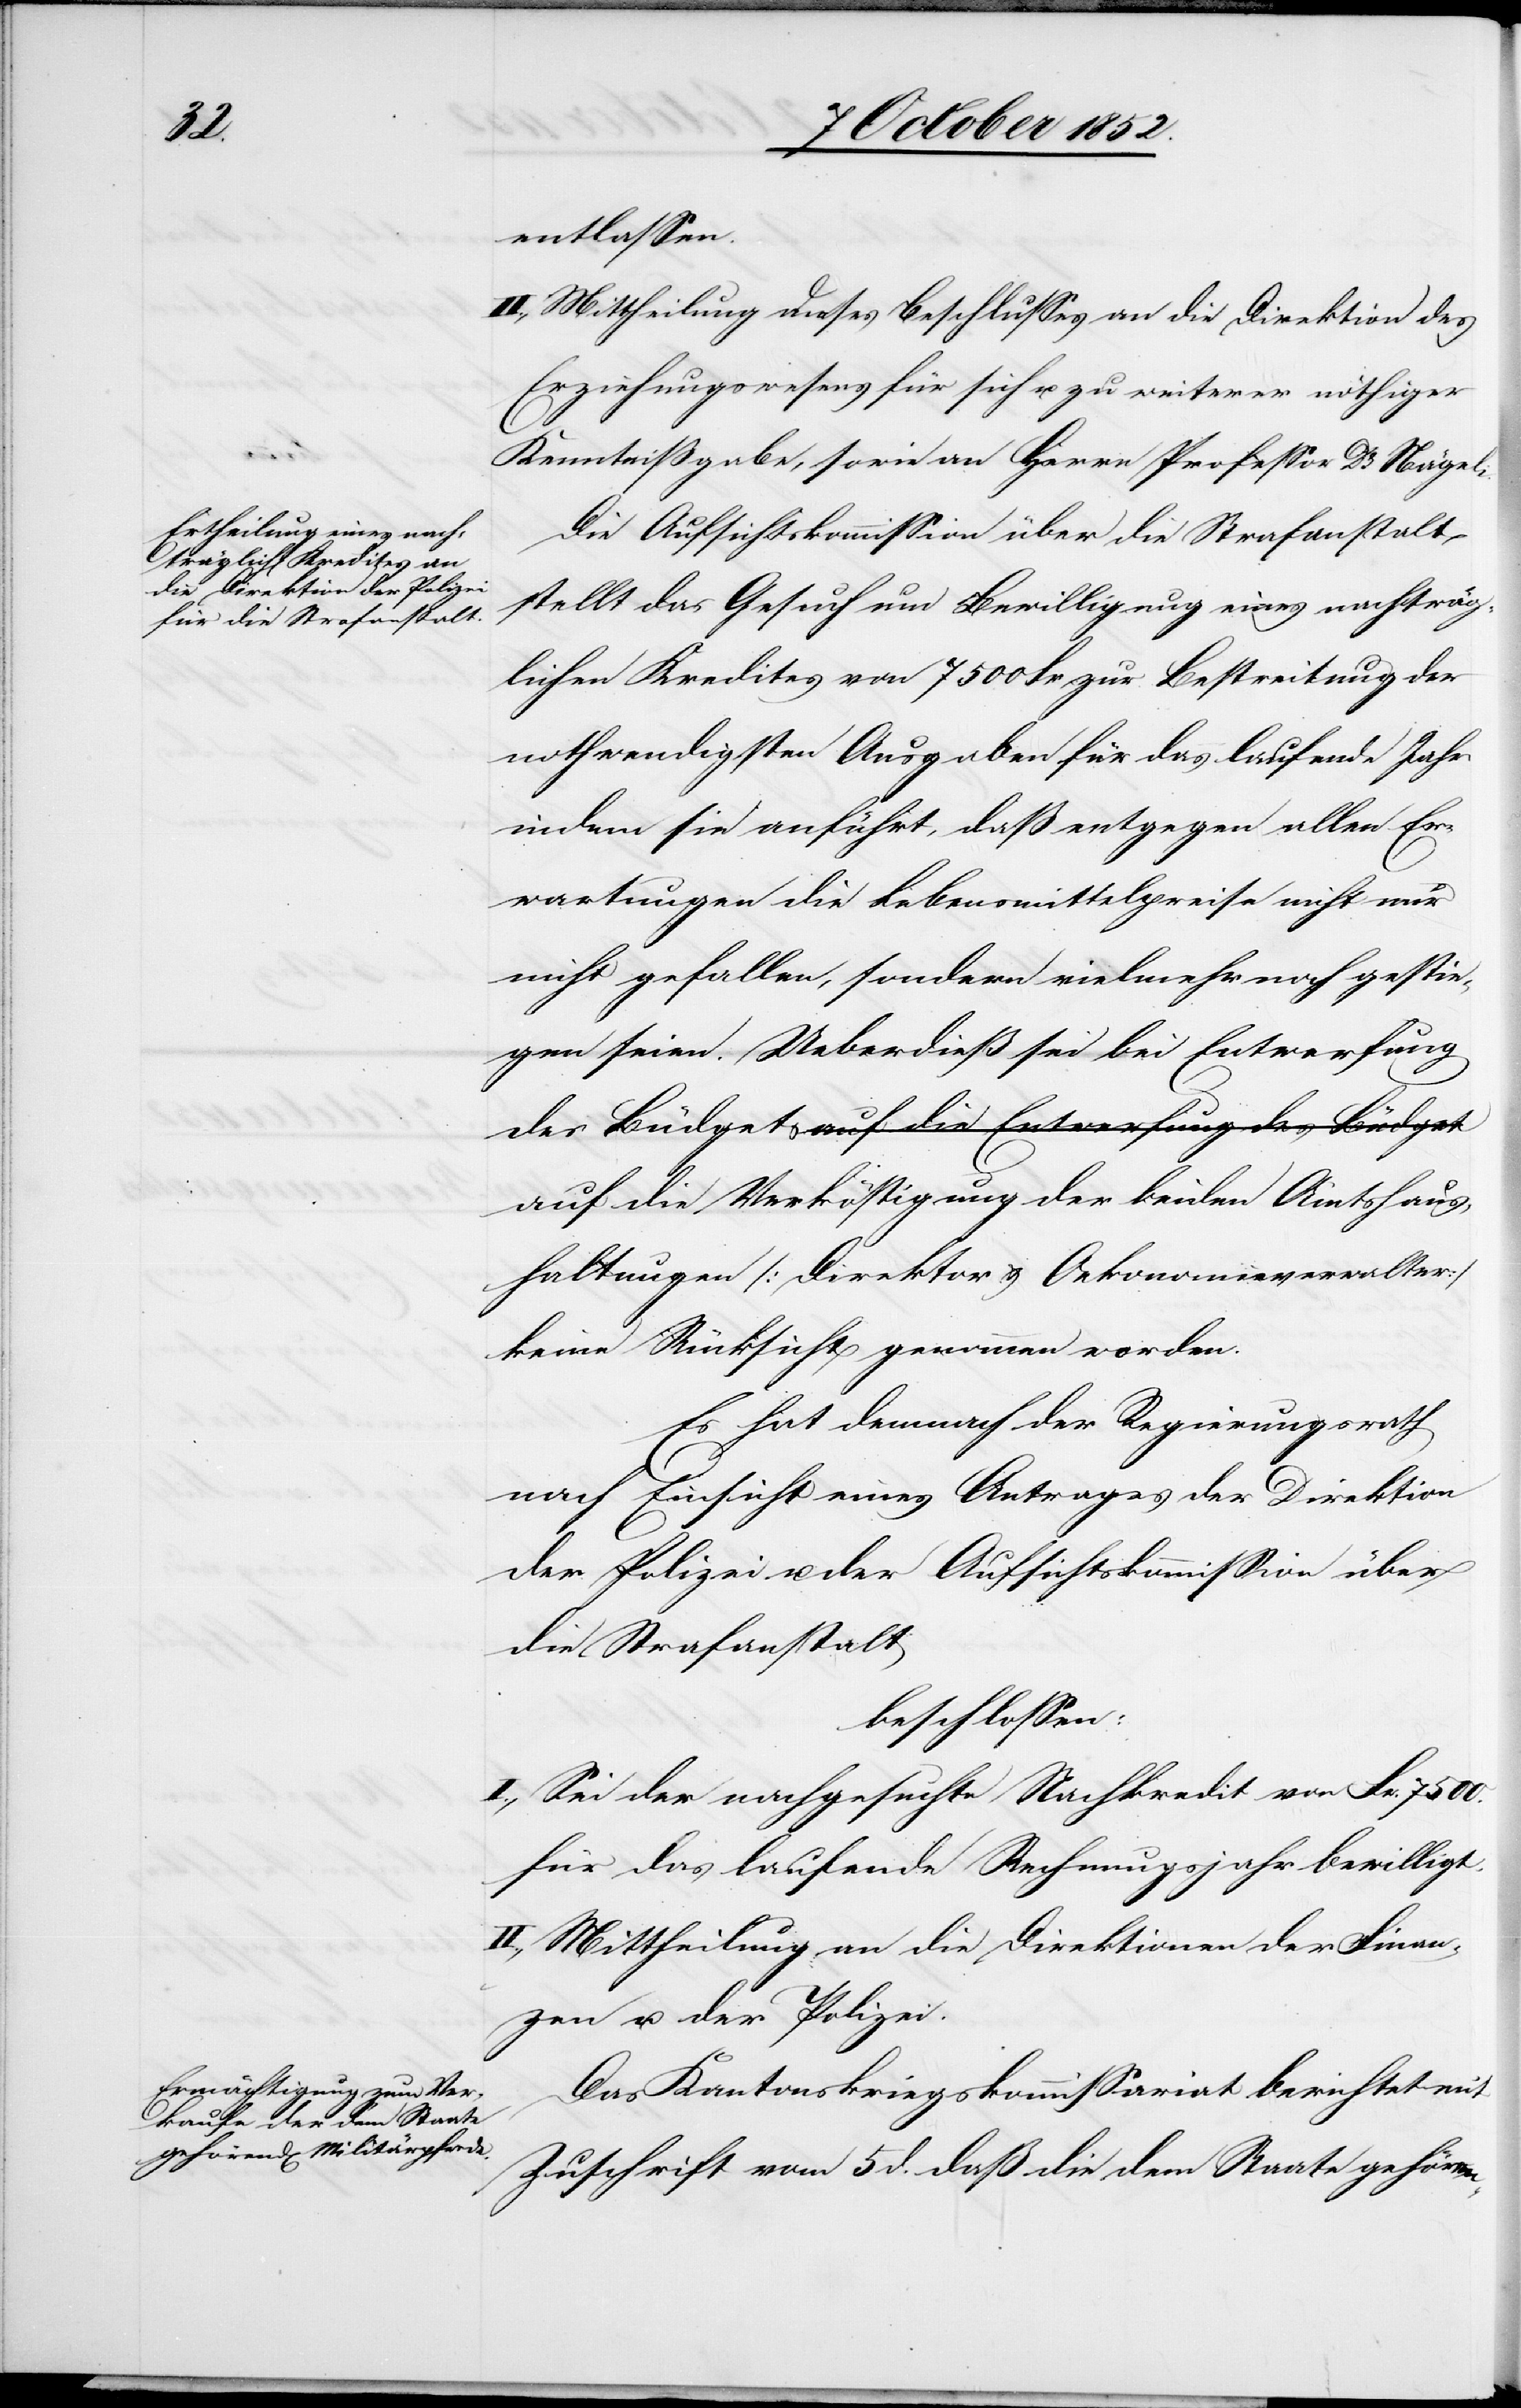
7500.

entlassen.
II., Mittheilung dieses Beschlusses an die Direktion des
Erziehungswesens für sich u. zu weiterer nöthiger
Kenntnißgabe, sowie an Herrn Professor Dr. Nägeli.
Die Aufsichtskommission über die Strafanstalt
stellt das Gesuch um Bewilligung eines nachträg¬
lichen Kredites von 7500 Fr zur Bestreitung der
nothwendigsten Ausgaben für das laufende Jahr
indem sie anführt, daß entgegen allen Er¬
wartungen die Lebensmittelpreise nicht nur
nicht gefallen, sondern vielmehr noch gestie¬
gen seien. Ueberdieß sei bei Entwerfung
auf die Verköstigung der beiden Amtshaus¬
haltungen [Direktor & Oekonomieverwalter]
keine Rücksicht genommen worden.
Es hat demnach der Regierungsrath
nach Einsicht eines Antrages der Direktion
der Polizei u. der Aufsichtskommission über
die Strafanstalt
beschlossen:
I., Sei der nachgesuchte Nachkredit von Fr.
für das laufende Rechnungsjahr bewilligt.
II., Mittheilung an die Direktionen der Finan¬
zen u. der Polizei.
Das Kantonskriegskommissariat berichtet mit
Zuschrift vom 5 d. daß die dem Staate gehören-